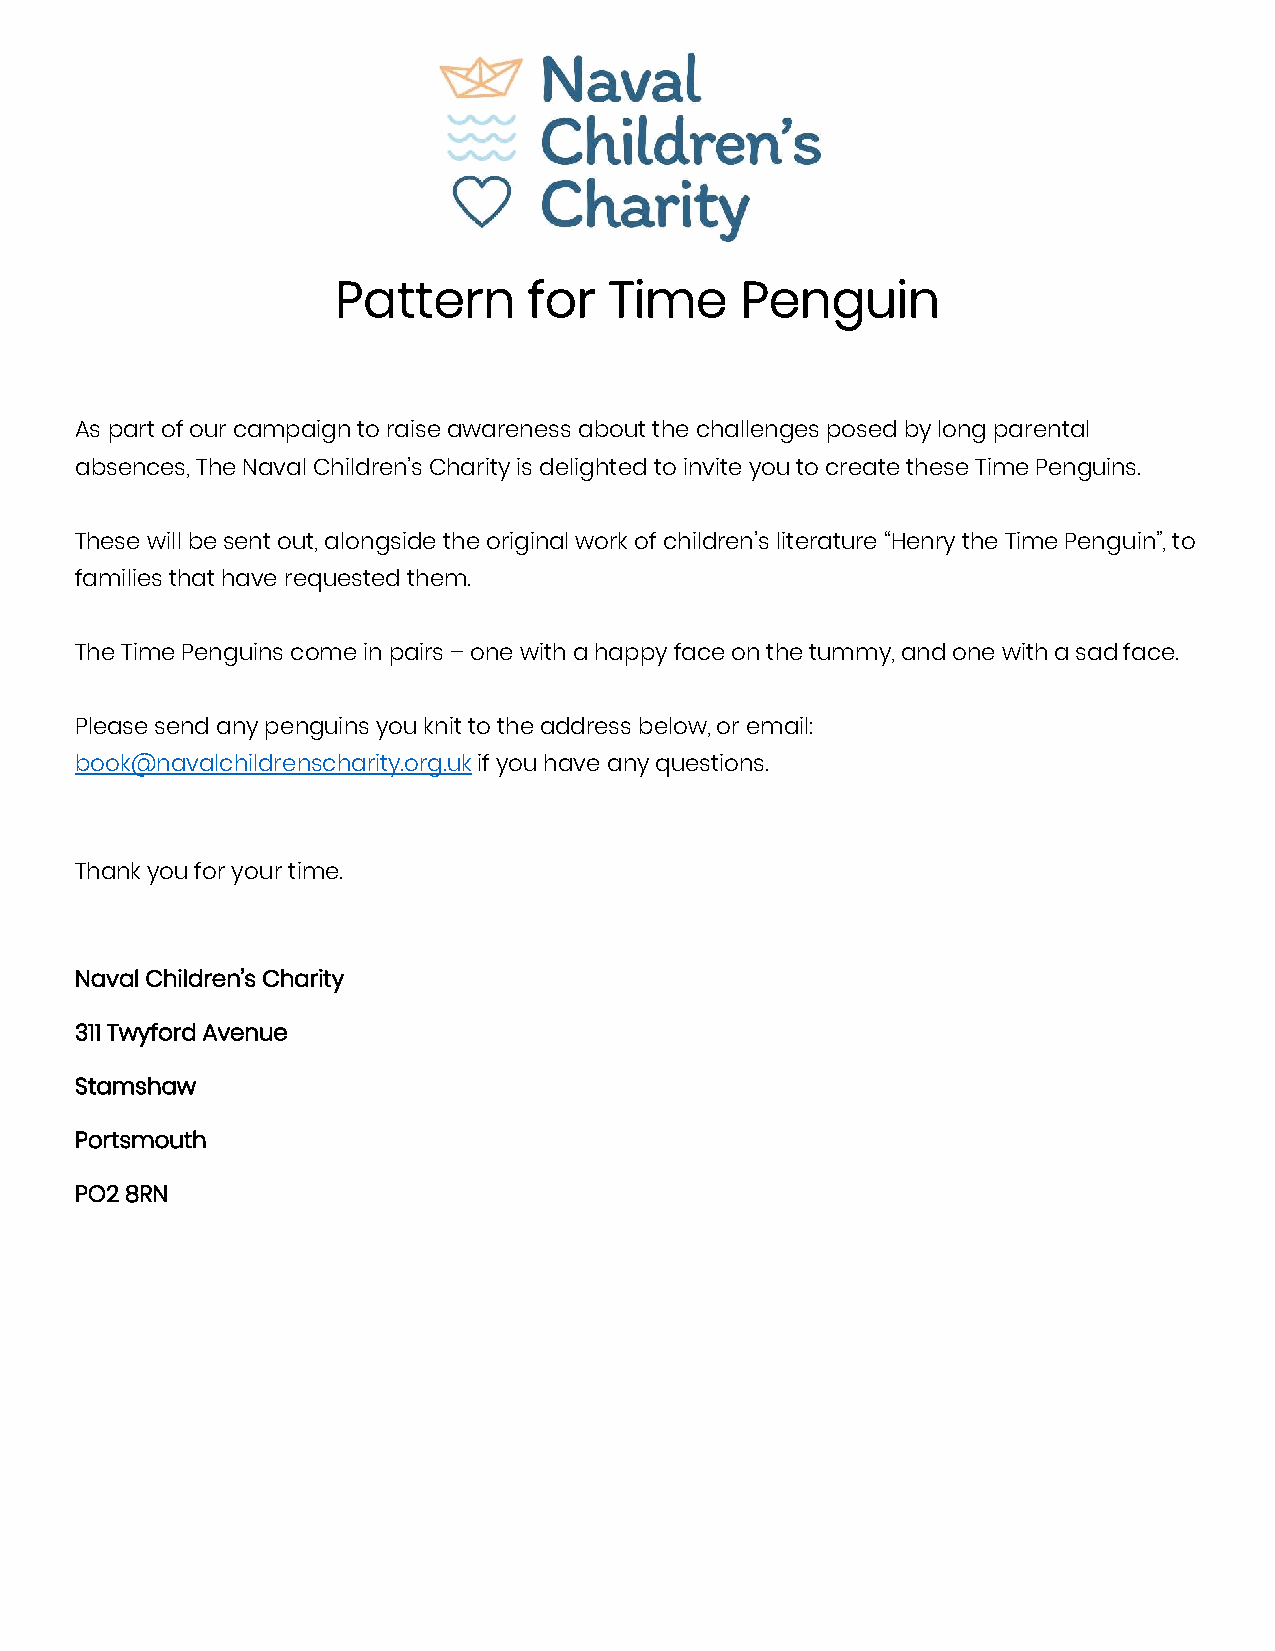
Pattern      for  Time     Penguin
 As part of our campaign to raise awareness about the challenges posed by long parental
 absences, The Naval Children’s Charity is delighted to invite you to create these Time Penguins.
 These will be sent out, alongside the original work of children’s literature “Henry the Time Penguin”, to
 families that have requested them.
 The Time Penguins come in pairs – one with a happy face on the tummy, and one with a sad face.
 Please send any penguins you knit to the address below, or email:
 book@navalchildrenscharity.org.uk if you have any questions.
 Thank you for your time.
 Naval Children’s Charity
 311 Twyford Avenue
 Stamshaw
 Portsmouth
 PO2 8RN